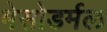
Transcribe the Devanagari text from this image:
मेसोडर्मल